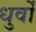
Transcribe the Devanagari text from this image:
धुर्वों